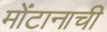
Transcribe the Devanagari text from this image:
मोंटानाची